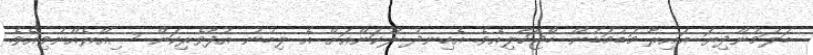
ބަލަމުންދިޔަ އައިރާ މަޑުމަޑުން ބޯޖަހާލިއެވެ. އެހިނދު ލޫކަންއަށް އެ ލިބުނު އުފާވެރިކަން ސިއްރެއްނުވިއެވެ.